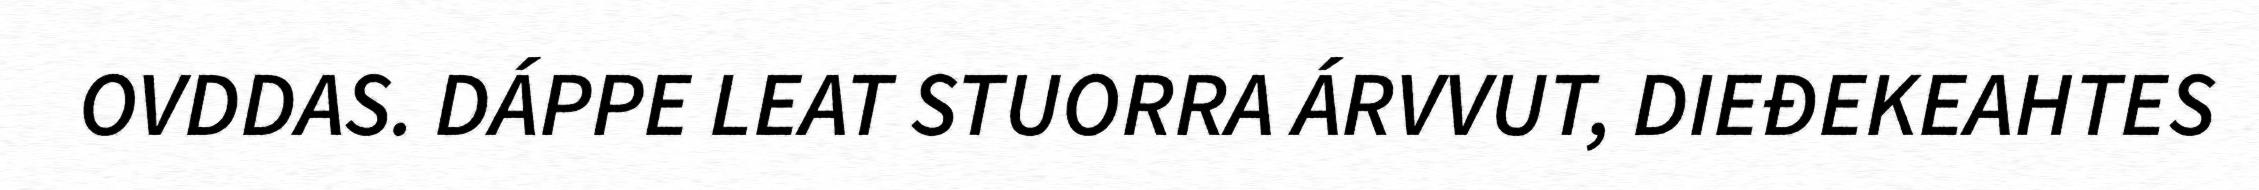
OVDDAS. DÁPPE LEAT STUORRA ÁRVVUT, DIEĐEKEAHTES